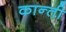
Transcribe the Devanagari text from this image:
कान्ती